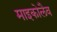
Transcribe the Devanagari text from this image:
माइकोलैव